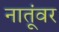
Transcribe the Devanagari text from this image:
नातूंवर